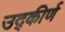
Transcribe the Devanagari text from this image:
उद्कीर्ण